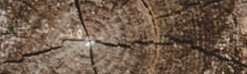
موقف فرعي